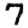
Digit: 7